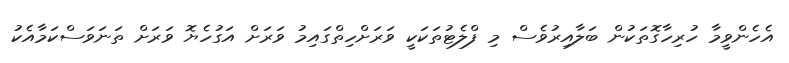
އެހެންވީމާ ހުރިހާގޮތަކުން ބަލާއިރުވެސް މި ފްލެޓުތަކަކީ ވަރަށްހިތްގައިމު ވަރަށް އަގުހެޔޮ ވަރަށް ތަނަވަސްކަމާއެކު